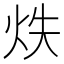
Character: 𭴓